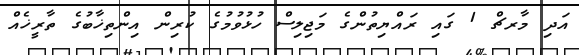
އަދި މާރޗް 1 ގައި ރައްޔިތުންގެ މަޖިލިސް ހުޅުވުމުގެ ކުރިން އިންތިޚާބުގެ ތާރީޚެއް